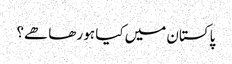
پاکستان میں کیا ہو رھا ھے؟